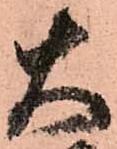
大